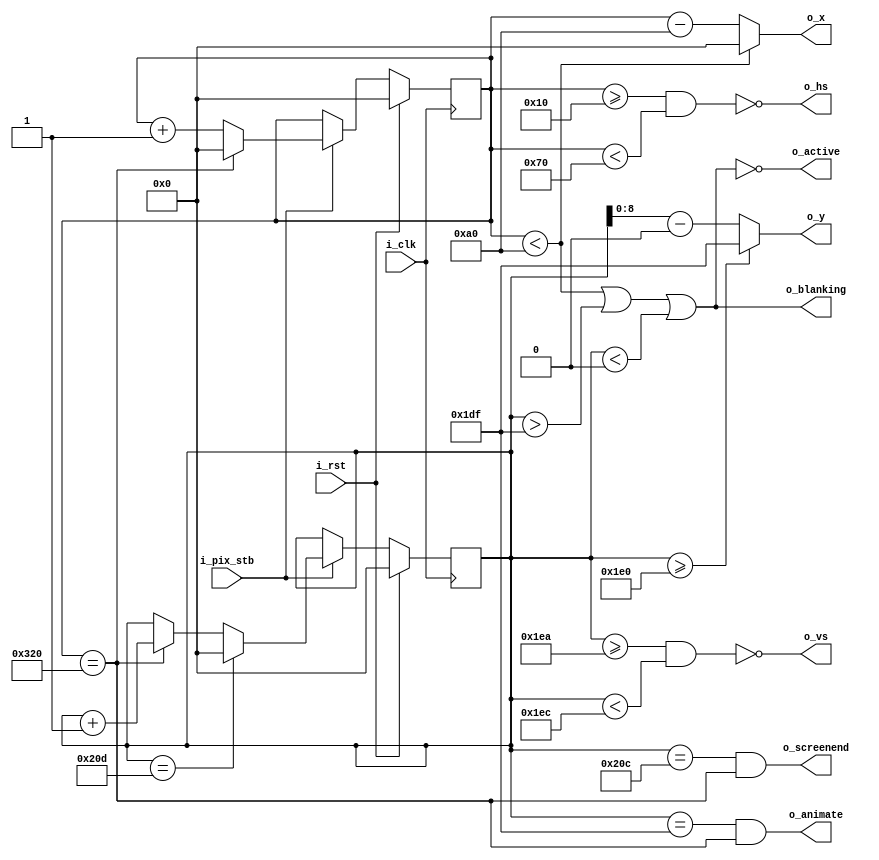
`default_nettype none
// Reference : https://projectf.io/posts/fpga-graphics/

module vga(
    input wire i_clk,           // base clock
    input wire i_pix_stb,       // pixel clock strobe
    input wire i_rst,           // reset: restarts frame
    output wire o_hs,           // horizontal sync
    output wire o_vs,           // vertical sync
    output wire o_blanking,     // high during blanking interval
    output wire o_active,       // high during active pixel drawing
    output wire o_screenend,    // high for one tick at the end of screen
    output wire o_animate,      // high for one tick at end of active drawing
    output wire [9:0] o_x,      // current pixel x position stored as 10 bit number (num of pixels = 640 <2^10 = 1024)
    output wire [8:0] o_y       // current active pixel y position (num of active lines = 525)
//    output wire videon
    );
        // VGA timings for 1366x768 resolution
// https://ez.analog.com/cfs-filesystemfile/__key/communityserver-discussions-components-files/331/0250.vesa_5F00_dmt_5F00_1.12.pdf?_=636869585122834374
//    localparam HS_STA = 70;               // horizontal sync start
//    localparam HS_END = 70 + 143;         // horizontal sync end
//    localparam HA_STA = 70 + 143 + 213;  // horizontal active pixel start
//    localparam VS_STA = 768 + 3;        // vertical sync start
//    localparam VS_END = 768 + 3 + 3;    // vertical sync end
//    localparam VA_STA = 0;              // verical active pixel start
//    localparam VA_END = 768;            // vertical active pixel end 
//    localparam LINE   = 1792;            // complete line (pixels)
//    localparam SCREEN = 798;             // complete screen (lines)

    localparam HS_STA = 16;              // horizontal sync start / horizontal front porch end
    localparam HS_END = 16 + 96;         // horizontal sync end / horizontal back porch start
    localparam HA_STA = 16 + 96 + 48;    // horizontal active pixel start / horizontal back porch end
    localparam VS_STA = 480 + 10;        // vertical sync start / vertical active pixel + vertical front porch end
    localparam VS_END = 480 + 10 + 2;    // vertical sync end / vertical back porch start
    localparam VA_STA = 0;              // vertical active pixel start. starts from 0 because we are not filling the entire vertical screen
    localparam VA_END = 0 + 480;        // vertical active pixel end
    localparam LINE   = 800;             // total number of pixels in one line
    localparam SCREEN = 525;             // total number of lines in the screen
    

    
    reg [9:0] h_count;  // line position stored as 10 bit number (num of pixels = 800<2^10 = 1024) 
    reg [9:0] v_count;  // screen position stored as 10 bit number (num of line = 525 < 2^10 = 1024)

    // generate sync signals (active low for 640x480)
    assign o_hs = ~((h_count >= HS_STA) & (h_count < HS_END)); // 0 when horizontal pixel position on the screen is on syncing region
    assign o_vs = ~((v_count >= VS_STA) & (v_count < VS_END)); // 0 when vertical line position on the screen is on syncing region

    // keep x and y bound within the active pixels
    assign o_x = (h_count < HA_STA) ? 0 : (h_count - HA_STA); // active pixel count starting with 0 from HA_STA, else 0
    assign o_y = (v_count >= VA_END) ? 
                    (VA_END - VA_STA - 1) : (v_count - VA_STA); // active line count starting with 0 from VA_STA, else 359

    // blanking: high within the blanking period
    assign o_blanking = ((h_count < HA_STA) | (v_count > VA_END - 1)|(v_count < VA_STA)); 

    // active: high during active pixel drawing, is not ~o_blanking because the whole vertical region(480) is not covered, only 30 is covered
    assign o_active = ~((h_count < HA_STA) | 
                        (v_count > VA_END - 1) | 
                        (v_count < VA_STA));

    // screenend: high for one tick at the end of the screen
    assign o_screenend = ((v_count == SCREEN - 1) & (h_count == LINE));

    // animate: high for one tick at the end of the final active pixel line
    assign o_animate = ((v_count == VA_END - 1) & (h_count == LINE));
    

    always @ (posedge i_clk)
    begin
        if (i_rst)  
        begin
            h_count <= 0;
            v_count <= 0;
        end
        else if (i_pix_stb)  // once per pixel
        begin
            if (h_count == LINE)  // end of line
            begin
                h_count <= 0; // reset h_count to 0
                v_count <= v_count + 1; // go to new line
            end
            else 
                h_count <= h_count + 1; // continue moving along the line  

            if (v_count == SCREEN)   // end of screen
                v_count <= 0;  // go to new frame
        end
    end
endmodule